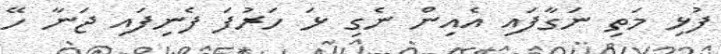
ފުޅި މަތި ނަގާފައި އެއިން ނެގި ޅަ ހަރުފަ ފެނިފައި ޖަނާ ހޭ